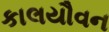
કાલયૌવન